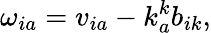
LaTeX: \omega_{ia}=v_{ia}-k_{a}^{k}b_{ik},